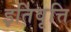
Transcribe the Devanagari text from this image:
इतिवृत्ति